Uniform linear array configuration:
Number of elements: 4
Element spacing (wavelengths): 1
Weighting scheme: exponential
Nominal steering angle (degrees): -30
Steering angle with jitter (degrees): -30.864
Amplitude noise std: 0.05
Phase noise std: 0.05

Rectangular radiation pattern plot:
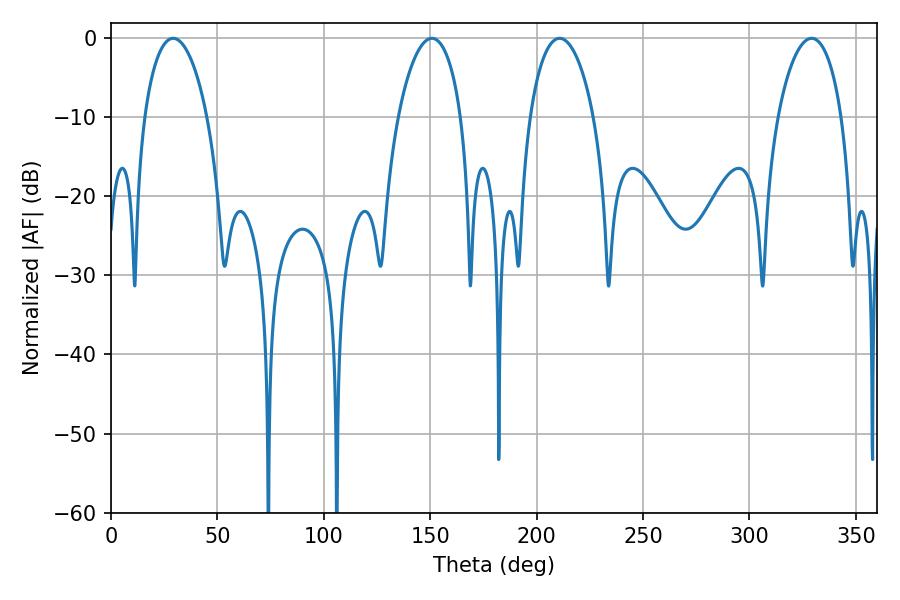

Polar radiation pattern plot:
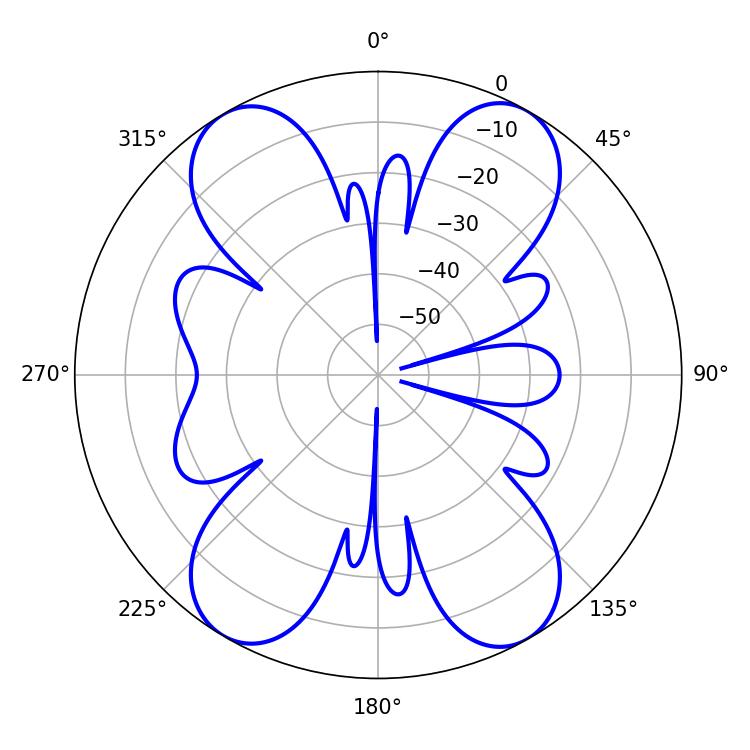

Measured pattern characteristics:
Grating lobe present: TRUE
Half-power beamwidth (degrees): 16.92
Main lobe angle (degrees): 210.78